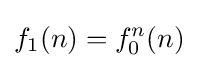
f_{1}(n)=f_{0}^{n}(n)